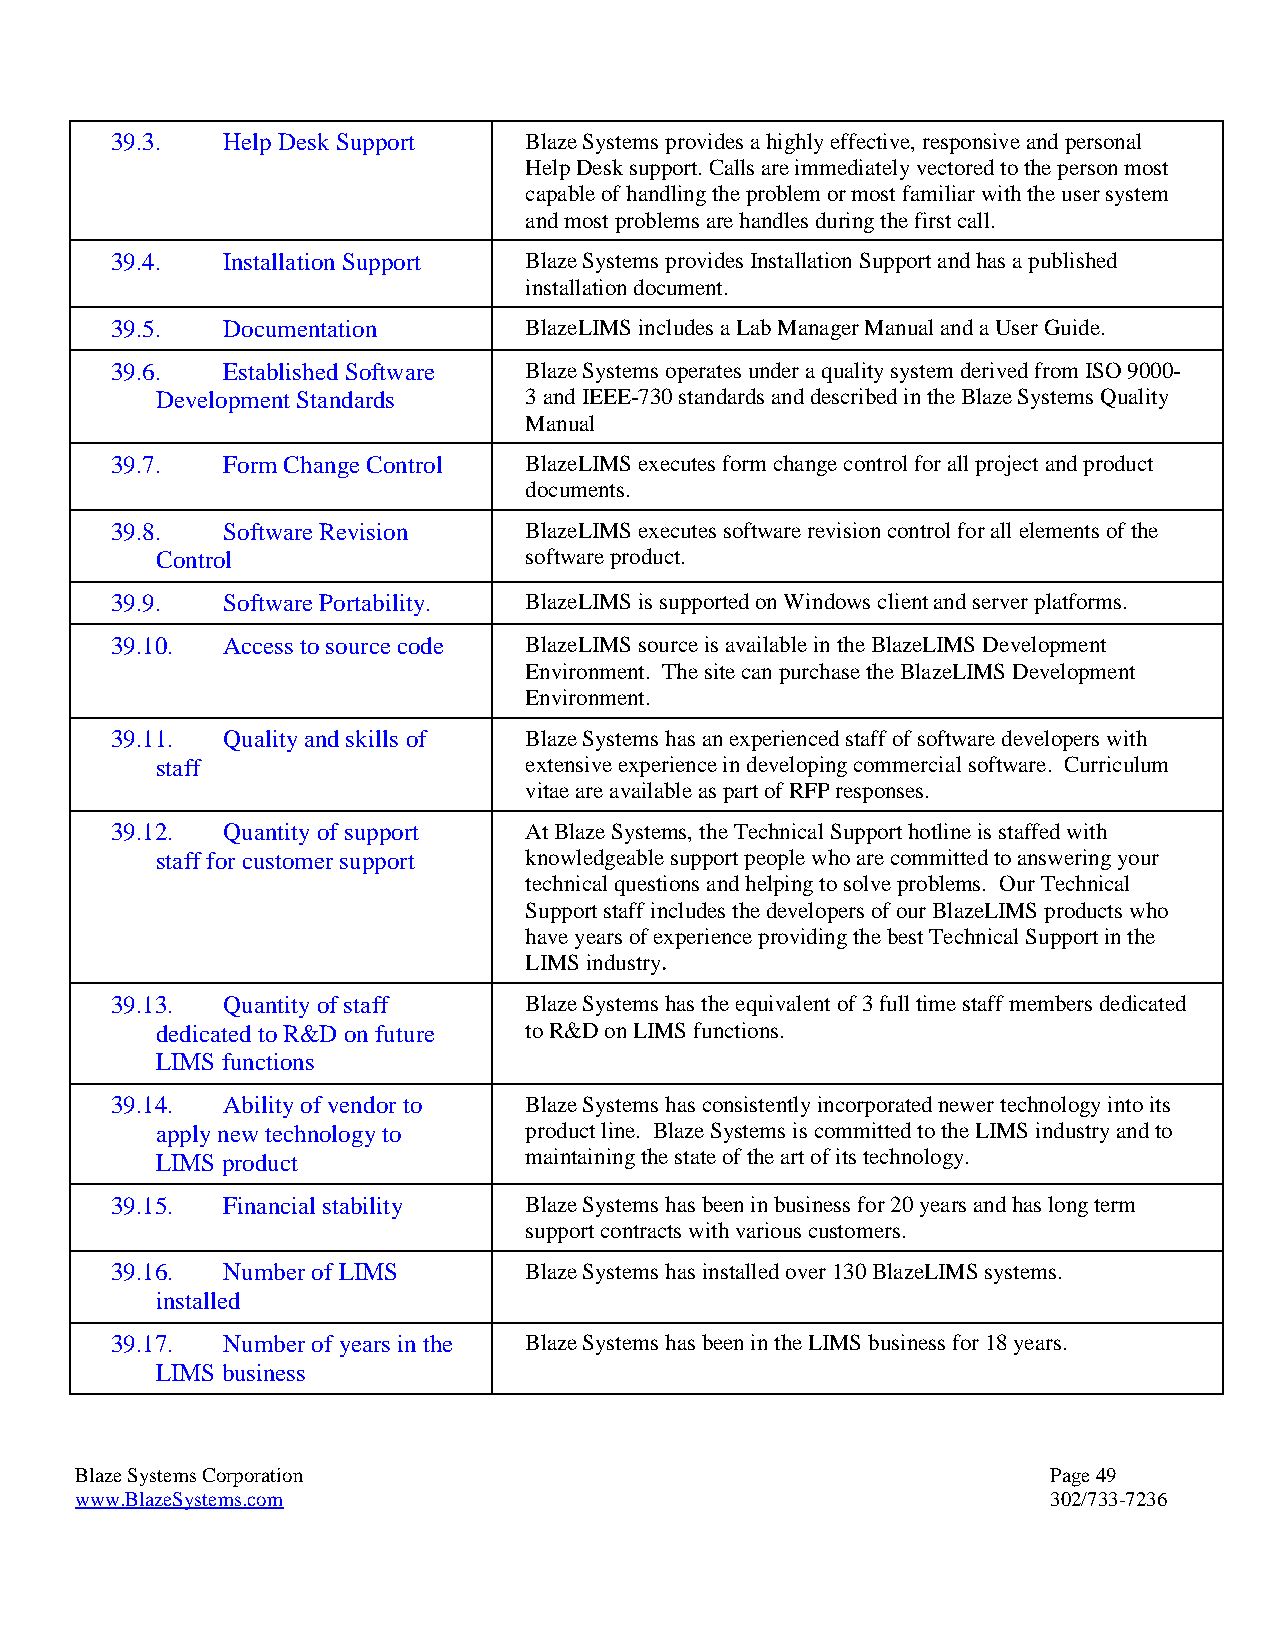
39.3.   Help Desk Support   Blaze Systems provides a highly effective, responsive and personal
 Help Desk support. Calls are immediately vectored to the person most
 capable of handling the problem or most familiar with the user system
 and most problems are handles during the first call.
 39.4.   Installation Support Blaze Systems provides Installation Support and has a published
 installation document.
 39.5.   Documentation       BlazeLIMS includes a Lab Manager Manual and a User Guide.
 39.6.   Established Software Blaze Systems operates under a quality system derived from ISO 9000-
 Development Standards    3 and IEEE-730 standards and described in the Blaze Systems Quality
 Manual
 39.7.   Form Change Control BlazeLIMS executes form change control for all project and product
 documents.
 39.8.   Software Revision   BlazeLIMS executes software revision control for all elements of the
 Control                  software product.
 39.9.   Software Portability. BlazeLIMS is supported on Windows client and server platforms.
 39.10.  Access to source code BlazeLIMS source is available in the BlazeLIMS Development
 Environment. The site can purchase the BlazeLIMS Development
 Environment.
 39.11.  Quality and skills of Blaze Systems has an experienced staff of software developers with
 staff                    extensive experience in developing commercial software. Curriculum
 vitae are available as part of RFP responses.
 39.12.  Quantity of support At Blaze Systems, the Technical Support hotline is staffed with
 staff for customer support knowledgeable support people who are committed to answering your
 technical questions and helping to solve problems. Our Technical
 Support staff includes the developers of our BlazeLIMS products who
 have years of experience providing the best Technical Support in the
 LIMS industry.
 39.13.  Quantity of staff   Blaze Systems has the equivalent of 3 full time staff members dedicated
 dedicated to R&D on future to R&D on LIMS functions.
 LIMS functions
 39.14.  Ability of vendor to Blaze Systems has consistently incorporated newer technology into its
 apply new technology to  product line. Blaze Systems is committed to the LIMS industry and to
 LIMS product             maintaining the state of the art of its technology.
 39.15.  Financial stability Blaze Systems has been in business for 20 years and has long term
 support contracts with various customers.
 39.16.  Number of LIMS      Blaze Systems has installed over 130 BlazeLIMS systems.
 installed
 39.17.  Number of years in the Blaze Systems has been in the LIMS business for 18 years.
 LIMS business
 Blaze Systems Corporation                                        Page 49
 www.BlazeSystems.com                                             302/733-7236